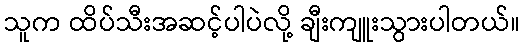
သူက ထိပ်သီးအဆင့်ပါပဲလို့ ချီးကျူးသွားပါတယ်။